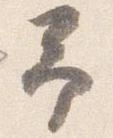
予